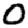
Digit: 0